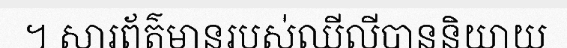
។ សារព័ត៌មានរបស់ឈីលីបាននិយាយ